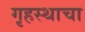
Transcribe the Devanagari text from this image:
गृहस्थाचा